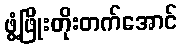
ဖွံ့ဖြိုးတိုးတက်အောင်